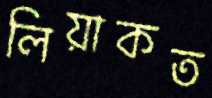
লিয়াকত